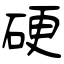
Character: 硬